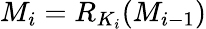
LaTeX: M_{i}=R_{K_{i}}(M_{i-1})